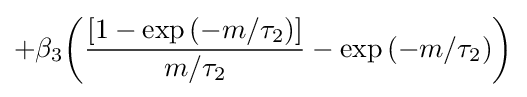
+\beta _{3}{\left({\frac {\left[{1-\exp \left({-m/\tau _{2}}\right)}\right]}{m/\tau _{2}}}-\exp \left({-m/\tau _{2}}\right)\right)}